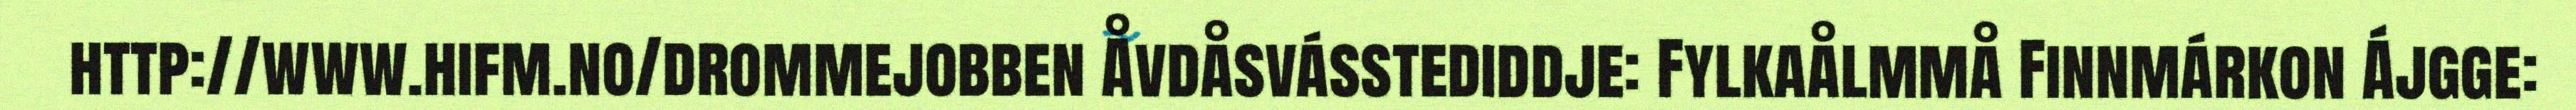
http://www.hifm.no/drommejobben Åvdåsvásstediddje: Fylkaålmmå Finnmárkon Ájgge: